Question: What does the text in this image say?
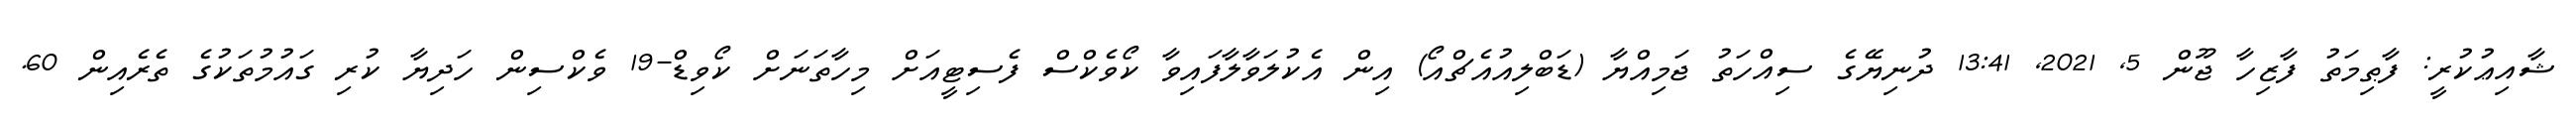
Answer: ޝާއިޢުކުރީ: ފާޠިމަތު ފާޒިހާ ޖޫން 5, 2021, 13:41 ދުނިޔޭގެ ސިއްހަތު ޖަމިއްޔާ (ޑަބްލިއުއެޗްއޯ) އިން އެކުލަވާލާފައިވާ ކޯވެކްސް ފެސިޓީއަށް މިހާތަނަށް ކޯވިޑް-19 ވެކްސިން ހަދިޔާ ކުރި ގައުމުތަކުގެ ތެރެއިން 60.